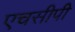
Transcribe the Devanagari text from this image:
एचसीपी